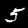
Label: 5